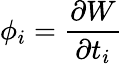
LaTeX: \phi_{i}=\frac{\partial W}{\partial t_{i}}